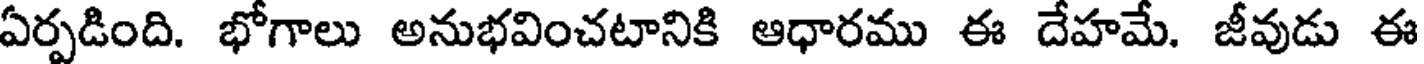
ఏర్పడింది. భోగాలు అనుభవించటానికి ఆధారము ఈ దేహమే. జీవుడు ఈ